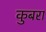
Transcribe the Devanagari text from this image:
कुबरा